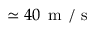
\simeq 4 0 \ensuremath { \, \mathrm { ~ m ~ / ~ s ~ } }